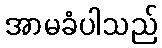
အာမခံပါသည်